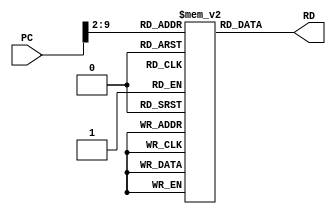
module Instruction_Memory #(parameter InsMemory_WIDTH = 32 , InsMemory_DEPTH = 256 )
(
input      [InsMemory_WIDTH - 1 : 0]  PC ,
output reg [InsMemory_WIDTH - 1 : 0]  RD 
);

reg [InsMemory_WIDTH - 1 : 0] Ins_mem [0 : InsMemory_DEPTH - 1  ] ;

 /********************************FIND GCD FOR 120 and 180********************************/
	initial
 begin
  Ins_mem [0] = 32'h00008020;      // add $s0, $zero, $zero  
  Ins_mem [1] = 32'h20100078;      // addi $s0, $zero, 120 
  Ins_mem [2] = 32'h00008820;      // add $s1, $zero, $zero 
  Ins_mem [3] = 32'h201100B4;      // addi $s1, $zero, 180 
  Ins_mem [4] = 32'h00009020;      // add $s2, $zero, $zero 
  Ins_mem [5] = 32'h12110006;      // add $s2, $s1, $s1 
  Ins_mem [6] = 32'h0211482A;      // sub $s0, $s2, $s1 
  Ins_mem [7] = 32'h11200002;      // sw $s0, 2($zero) 
  Ins_mem [8] = 32'h02308822;      // sub $s2, $s1, $s0 
  Ins_mem [9] = 32'h08000005;      // beq $zero, $s0, 5 
  Ins_mem [10] = 32'h02118022;     // sub $s0, $s1, $s0 
  Ins_mem [11] = 32'h08000005;     // beq $zero, $s0, 5 
  Ins_mem [12] = 32'h00109020;     // sw $s2, 16($s0) 
  Ins_mem [13] = 32'hAC120000;     // lw $s2, 0($s0) 

  end
				 
 /********************************FIND FACTORIAL OF NUMBER 7********************************/
    /*initial
	begin
		Ins_mem [0]  = 32'h00008020;    //add $s0, $0, $0
		Ins_mem [1]  = 32'h20100007;    //addi $s0, $0, 7
		Ins_mem [2]  = 32'h00008820;    //add $s1, $0, $0
		Ins_mem [3]  = 32'h20110001;    //addi $s1, $0, 1
		Ins_mem [4]  = 32'h12000003;    //beq $s1, $0, 3
		Ins_mem [5]  = 32'h0230881C;    //mul $s1, $s1, $s0
		Ins_mem [6]  = 32'h2210FFFF;    //addi $s0, $s0, -1
		Ins_mem [7]  = 32'h08000004;    //J  4
		Ins_mem [8]  = 32'hAC110000;    //sw $s1, 0($0)
 	end */
  
  
    always @(*) begin
        RD = Ins_mem [PC>>2];
    end
 //each instruction is typically stored in a 4-byte (32-bit) address.
 //the PC value is divided by 4 (PC>>2) to obtain the index in the Ins_mem array.
 //The calculated index is then used to assign the corresponding instruction to the instr output.
 
endmodule